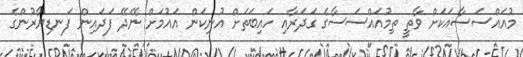
މުއައްސަސާއަކަށް ވާތީ ތިމުއައްސަސާގެ ގަދަރާއި ހައިބަތަށް އުނިކަން އައުމަށް ނޭދޭ ފަދައިން ފަނޑިޔާރުންގެ